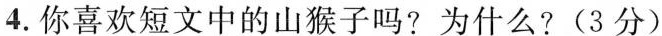
4. 你喜欢短文中的山猴子吗?为什么?(3分)